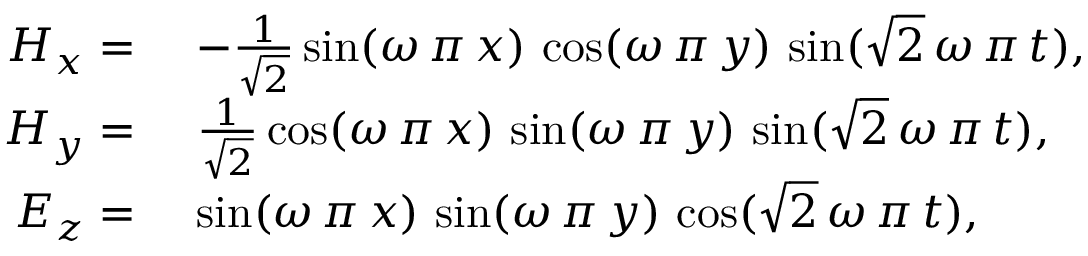
\begin{array} { r l } { H _ { x } = } & { \, \, - \frac { 1 } { \sqrt { 2 } } \sin ( \omega \, \pi \, x ) \, \cos ( \omega \, \pi \, y ) \, \sin ( \sqrt { 2 } \, \omega \, \pi \, t ) , } \\ { H _ { y } = } & { \, \, \frac { 1 } { \sqrt { 2 } } \cos ( \omega \, \pi \, x ) \, \sin ( \omega \, \pi \, y ) \, \sin ( \sqrt { 2 } \, \omega \, \pi \, t ) , } \\ { E _ { z } = } & { \, \, \sin ( \omega \, \pi \, x ) \, \sin ( \omega \, \pi \, y ) \, \cos ( \sqrt { 2 } \, \omega \, \pi \, t ) , } \end{array}